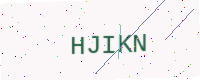
Text: HJIKN